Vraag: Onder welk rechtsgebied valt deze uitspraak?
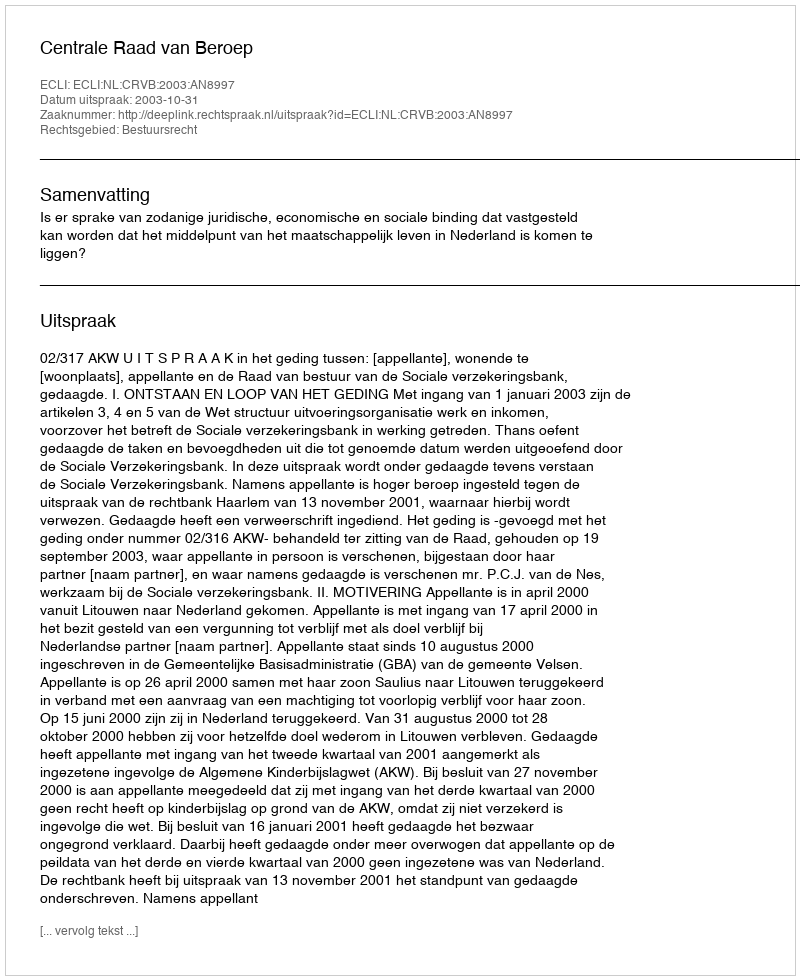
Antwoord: Bestuursrecht